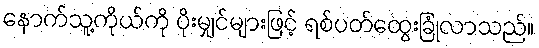
နောက်သူ့ကိုယ်ကို ပိုးမျှင်များဖြင့် ရစ်ပတ်ထွေးခြုံလာသည်။